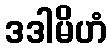
ဒဒါမိဟံ